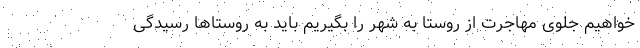
خواهیم جلوی مهاجرت از روستا به شهر را بگیریم باید به روستاها رسیدگی